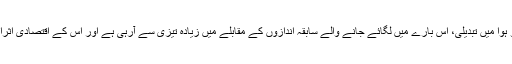
انہوں نے کہا کہ آب و ہوا ميں تبديلی، اس بارے ميں لگائے جانے والے سابقہ اندازوں کے مقابلے ميں زيادہ تيزی سے آرہی ہے اور اس کے اقتصادی اثرات بہت شديد ہوں گے۔